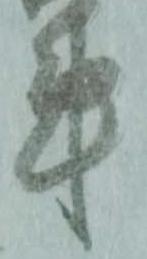
事